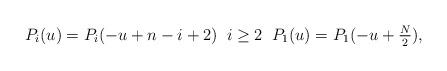
LaTeX: \begin{align*} P_i(u)=P_i(-u+n-i+2) \; \; i\geq 2 \; \; P_1(u)=P_1(-u+\tfrac{N}{2}), \end{align*}